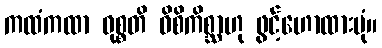
ကထံကထာ ဝုစ္စတိ ဝိစိကိစ္ဆာဟု ဖွင့်ဟောထားပုံ။